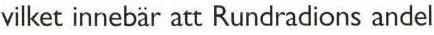
vilket innebär att Rundradions andel